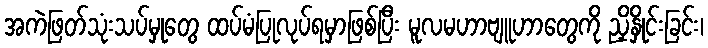
အကဲဖြတ်သုံးသပ်မှုတွေ ထပ်မံပြုလုပ်ရမှာဖြစ်ပြီး မူလမဟာဗျူဟာတွေကို ညှိနှိုင်းခြင်း၊